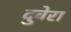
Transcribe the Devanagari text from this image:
दुवेरा